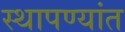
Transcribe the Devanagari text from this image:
स्थापण्यांत